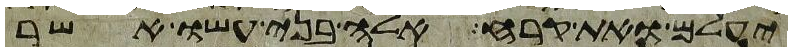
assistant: יעלם ואת קרח אלה בני עשו אשר